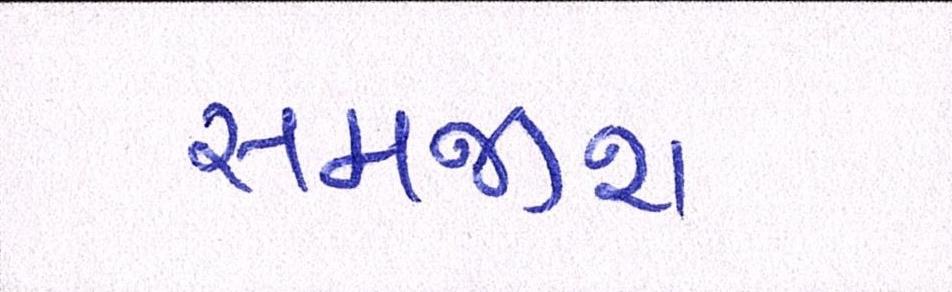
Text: સમજીશ